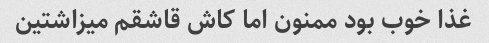
غذا خوب بود ممنون اما کاش قاشقم میزاشتین